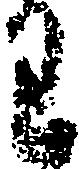
わ